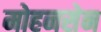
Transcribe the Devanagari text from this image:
मोहनसेन